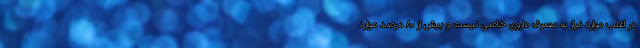
در اغلب موارد نیاز به مصرف داروی خاصی نیست و بیش از ۸۰ درصد موارد